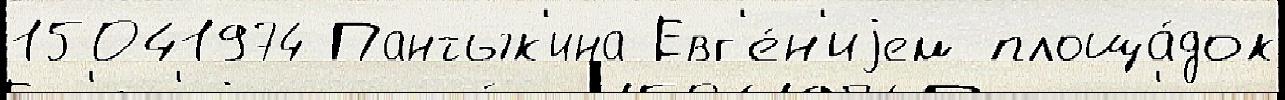
15041974 Пантык'ина Евг'е́н'иjем площа́док